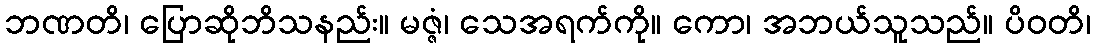
ဘဏတိ၊ ပြောဆိုဘိသနည်း။ မဇ္ဇံ၊ သေအရက်ကို။ ကော၊ အဘယ်သူသည်။ ပိဝတိ၊